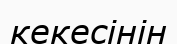
кекесінін